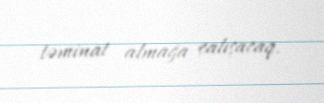
təminat almağa çalışacaq.